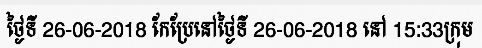
ថ្ងៃទី 26-06-2018 កែប្រែនៅថ្ងៃទី 26-06-2018 នៅ 15:33ក្រុម